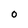
Character: O